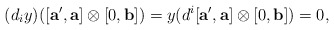
\begin{align*} (d_iy)([\mathbf{a'},\mathbf{a}] \otimes [0,\mathbf{b}] )=y(d^i[\mathbf{a'},\mathbf{a}] \otimes [0,\mathbf{b}] )=0, \end{align*}